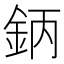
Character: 鈵